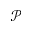
\mathcal { P }